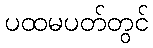
ပထမပတ်တွင်